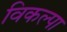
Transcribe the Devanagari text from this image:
विकल्पा